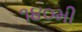
૧૪૦મી